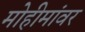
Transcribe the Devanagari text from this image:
मोहीमांवर